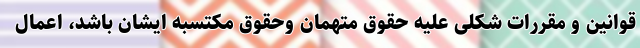
قوانین و مقررات شکلی علیه حقوق متهمان وحقوق مکتسبه ایشان باشد، اعمال